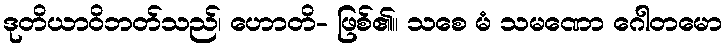
ဒုတိယာဝိဘတ်သည်၊ ဟောတိ- ဖြစ်၏။ သစေ မံ သမဏော ဂေါတမော